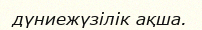
дүниежүзілік ақша.